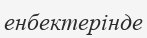
енбектерінде